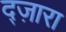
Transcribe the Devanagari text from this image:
द्ज़ारा